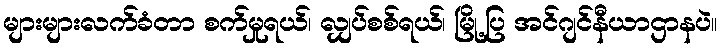
များများလက်ခံတာ စက်မှုရယ်၊ လျှပ်စစ်ရယ်၊ မြို့ပြ အင်ဂျင်နီယာဌာနပဲ။